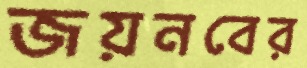
জয়নবের